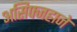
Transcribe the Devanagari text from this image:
असिफ्जहाने